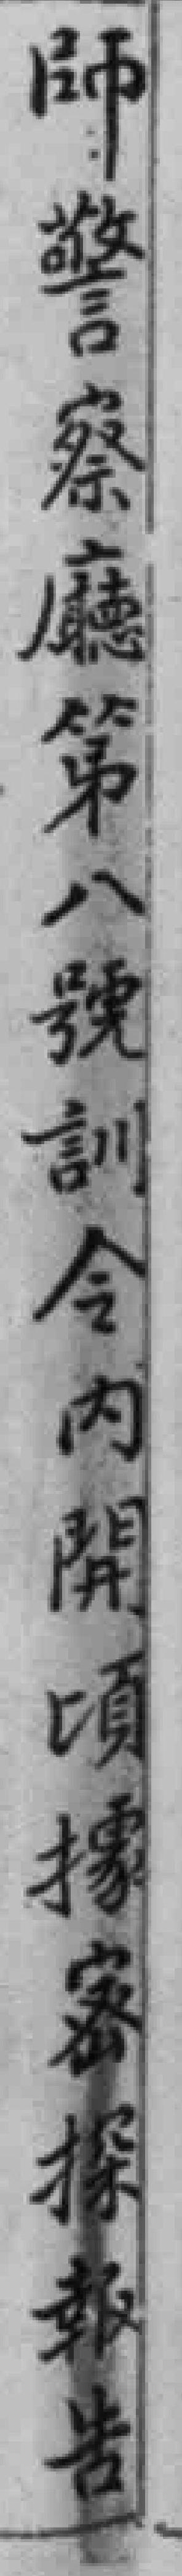
師警察廳第八號訓令内開頃據密探報告